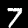
Digit: 7